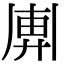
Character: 𢍖